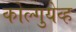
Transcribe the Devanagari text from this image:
कोल्गुयेव्ह